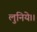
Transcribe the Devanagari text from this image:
लुनिये।।